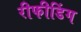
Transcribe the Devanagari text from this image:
रीफीडिंग